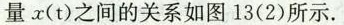
量x(t)之间的关系如图13(2)所示。